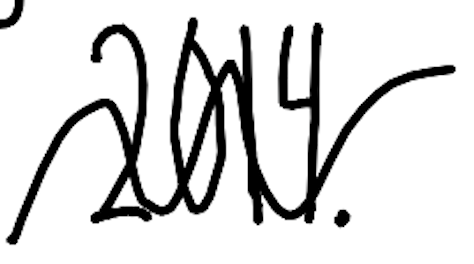
Text: 2014.
Cross-out: mix
Writing tool: digital_black